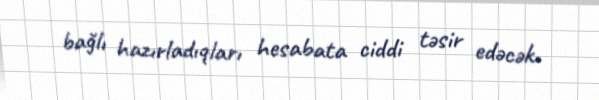
bağlı hazırladıqları hesabata ciddi təsir edəcək.